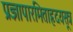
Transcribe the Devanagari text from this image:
प्रज्ञापारमिताहृदयसूत्र